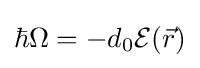
\hbar \Omega =-d_{0}{\mathcal {E}}({\vec {r}})